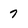
Character: 7